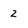
Character: 2